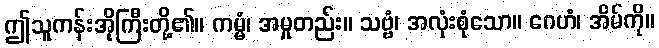
ဤသူကန်းအိုကြီးတို့၏။ ကမ္မံ၊ အမှုတည်း။ သဗ္ဗံ၊ အလုံးစုံသော။ ဂေဟံ၊ အိမ်ကို။